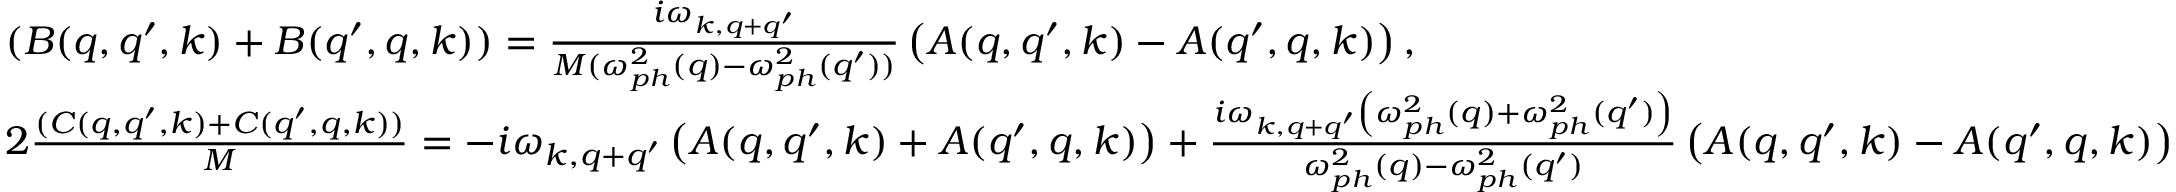
\begin{array} { r l } & { ( B ( q , q ^ { \prime } , k ) + B ( q ^ { \prime } , q , k ) ) = \frac { i \omega _ { k , q + q ^ { \prime } } } { M ( \omega _ { p h } ^ { 2 } ( q ) - \omega _ { p h } ^ { 2 } ( q ^ { \prime } ) ) } \left( A ( q , q ^ { \prime } , k ) - A ( q ^ { \prime } , q , k ) \right) , } \\ & { 2 \frac { ( C ( q , q ^ { \prime } , k ) + C ( q ^ { \prime } , q , k ) ) } { M } = - i \omega _ { k , q + q ^ { \prime } } \left( A ( q , q ^ { \prime } , k ) + A ( q ^ { \prime } , q , k ) \right) + \frac { i \omega _ { k , q + q ^ { \prime } } \left( \omega _ { p h } ^ { 2 } ( q ) + \omega _ { p h } ^ { 2 } ( q ^ { \prime } ) \right) } { \omega _ { p h } ^ { 2 } ( q ) - \omega _ { p h } ^ { 2 } ( q ^ { \prime } ) } \left( A ( q , q ^ { \prime } , k ) - A ( q ^ { \prime } , q , k ) \right) } \end{array}